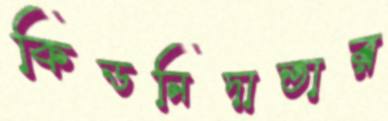
কিডনিদাতার